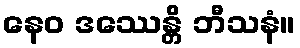
နေဝ ဒဿေန္တိ ဘီသနံ။